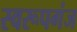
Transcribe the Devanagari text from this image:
स्वरूपगंज